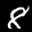
Label: 8